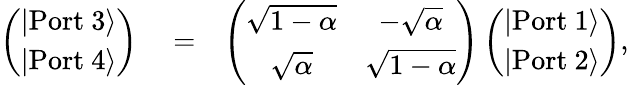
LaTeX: \begin{array}{rlr}{\left(\begin{array}{c}{|\mathrm{Port\ 3}\rangle}\\ {|\mathrm{Port\ 4}\rangle}\end{array}\right)}&{{}=}&{\left(\begin{array}{cc}{\sqrt{1-\alpha}}&{-\sqrt{\alpha}}\\ {\sqrt{\alpha}}&{\sqrt{1-\alpha}}\end{array}\right)\left(\begin{array}{c}{|\mathrm{Port\ 1}\rangle}\\ {|\mathrm{Port\ 2}\rangle}\end{array}\right),}\end{array}